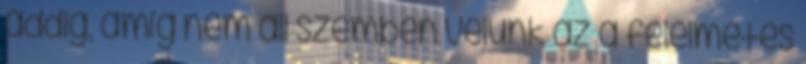
addig, amíg nem áll szemben velünk az a félelmetes